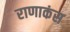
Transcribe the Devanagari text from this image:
राणाकंस